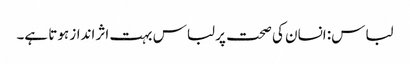
لباس: انسان کی صحت پر لباس بہت اثر انداز ہوتا ہے۔